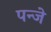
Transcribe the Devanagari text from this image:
पन्जे